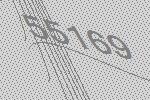
55169